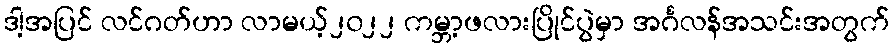
ဒါ့အပြင် လင်ဂတ်ဟာ လာမယ့်၂၀၂၂ ကမ္ဘာ့ဖလားပြိုင်ပွဲမှာ အင်္ဂလန်အသင်းအတွက်